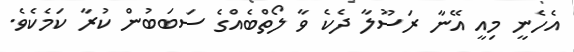
އެހެނީ މިއީ އޭނާ ރަސޫލާ ދެކެ ވާ ލޯތްބެއްގެ ސަބަބުން ކުރާ ކަމެކެވެ.